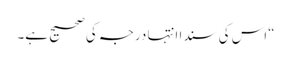
“اس کی سندا انتہا درجہ کی صحیح ہے۔